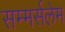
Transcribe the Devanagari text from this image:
सम्मर्सलेम